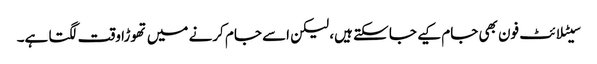
سیٹلا ئٹ فون بھی جام کیے جا سکتے ہیں، لیکن اسے جام کرنے میں تھوڑا وقت لگتا ہے۔